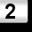
Digit: 2